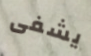
يشفى